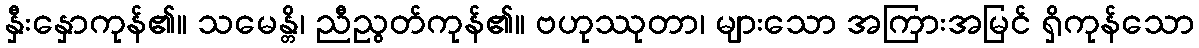
နှီးနှောကုန်၏။ သမေန္တိ၊ ညီညွတ်ကုန်၏။ ဗဟုဿုတာ၊ များသော အကြားအမြင် ရှိကုန်သော